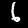
Label: 6